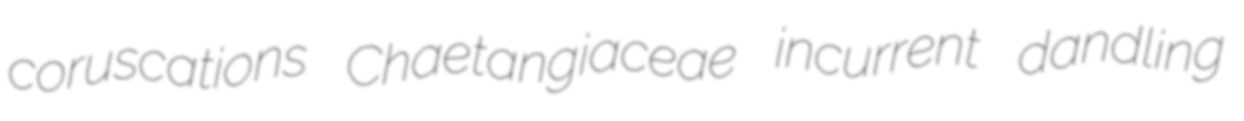
coruscations Chaetangiaceae incurrent dandling